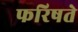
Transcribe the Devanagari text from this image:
फरिषते